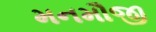
મનમૌજી